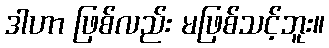
ဒါဟာ ဖြစ်လည်း မဖြစ်သင့်ဘူး။